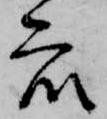
衆